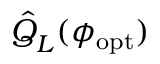
\hat { Q } _ { L } ^ { } ( \phi _ { \mathrm { o p t } } )